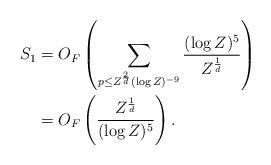
LaTeX: \begin{align*} S_1 & = O_F \left(\sum_{p \leq Z^{\frac{2}{d}} (\log Z)^{-9}} \frac{(\log Z)^5}{Z^{\frac{1}{d}}} \right) \\& = O_F \left(\frac{Z^{\frac{1}{d}}}{(\log Z)^5} \right). \end{align*}